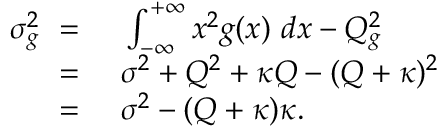
\begin{array} { r l } { \sigma _ { g } ^ { 2 } \ = \ } & { { } \int _ { - \infty } ^ { + \infty } x ^ { 2 } g ( x ) \ d x - Q _ { g } ^ { 2 } } \\ { \ = \ } & { { } \sigma ^ { 2 } + Q ^ { 2 } + \kappa Q - ( Q + \kappa ) ^ { 2 } } \\ { \ = \ } & { { } \sigma ^ { 2 } - ( Q + \kappa ) \kappa . } \end{array}